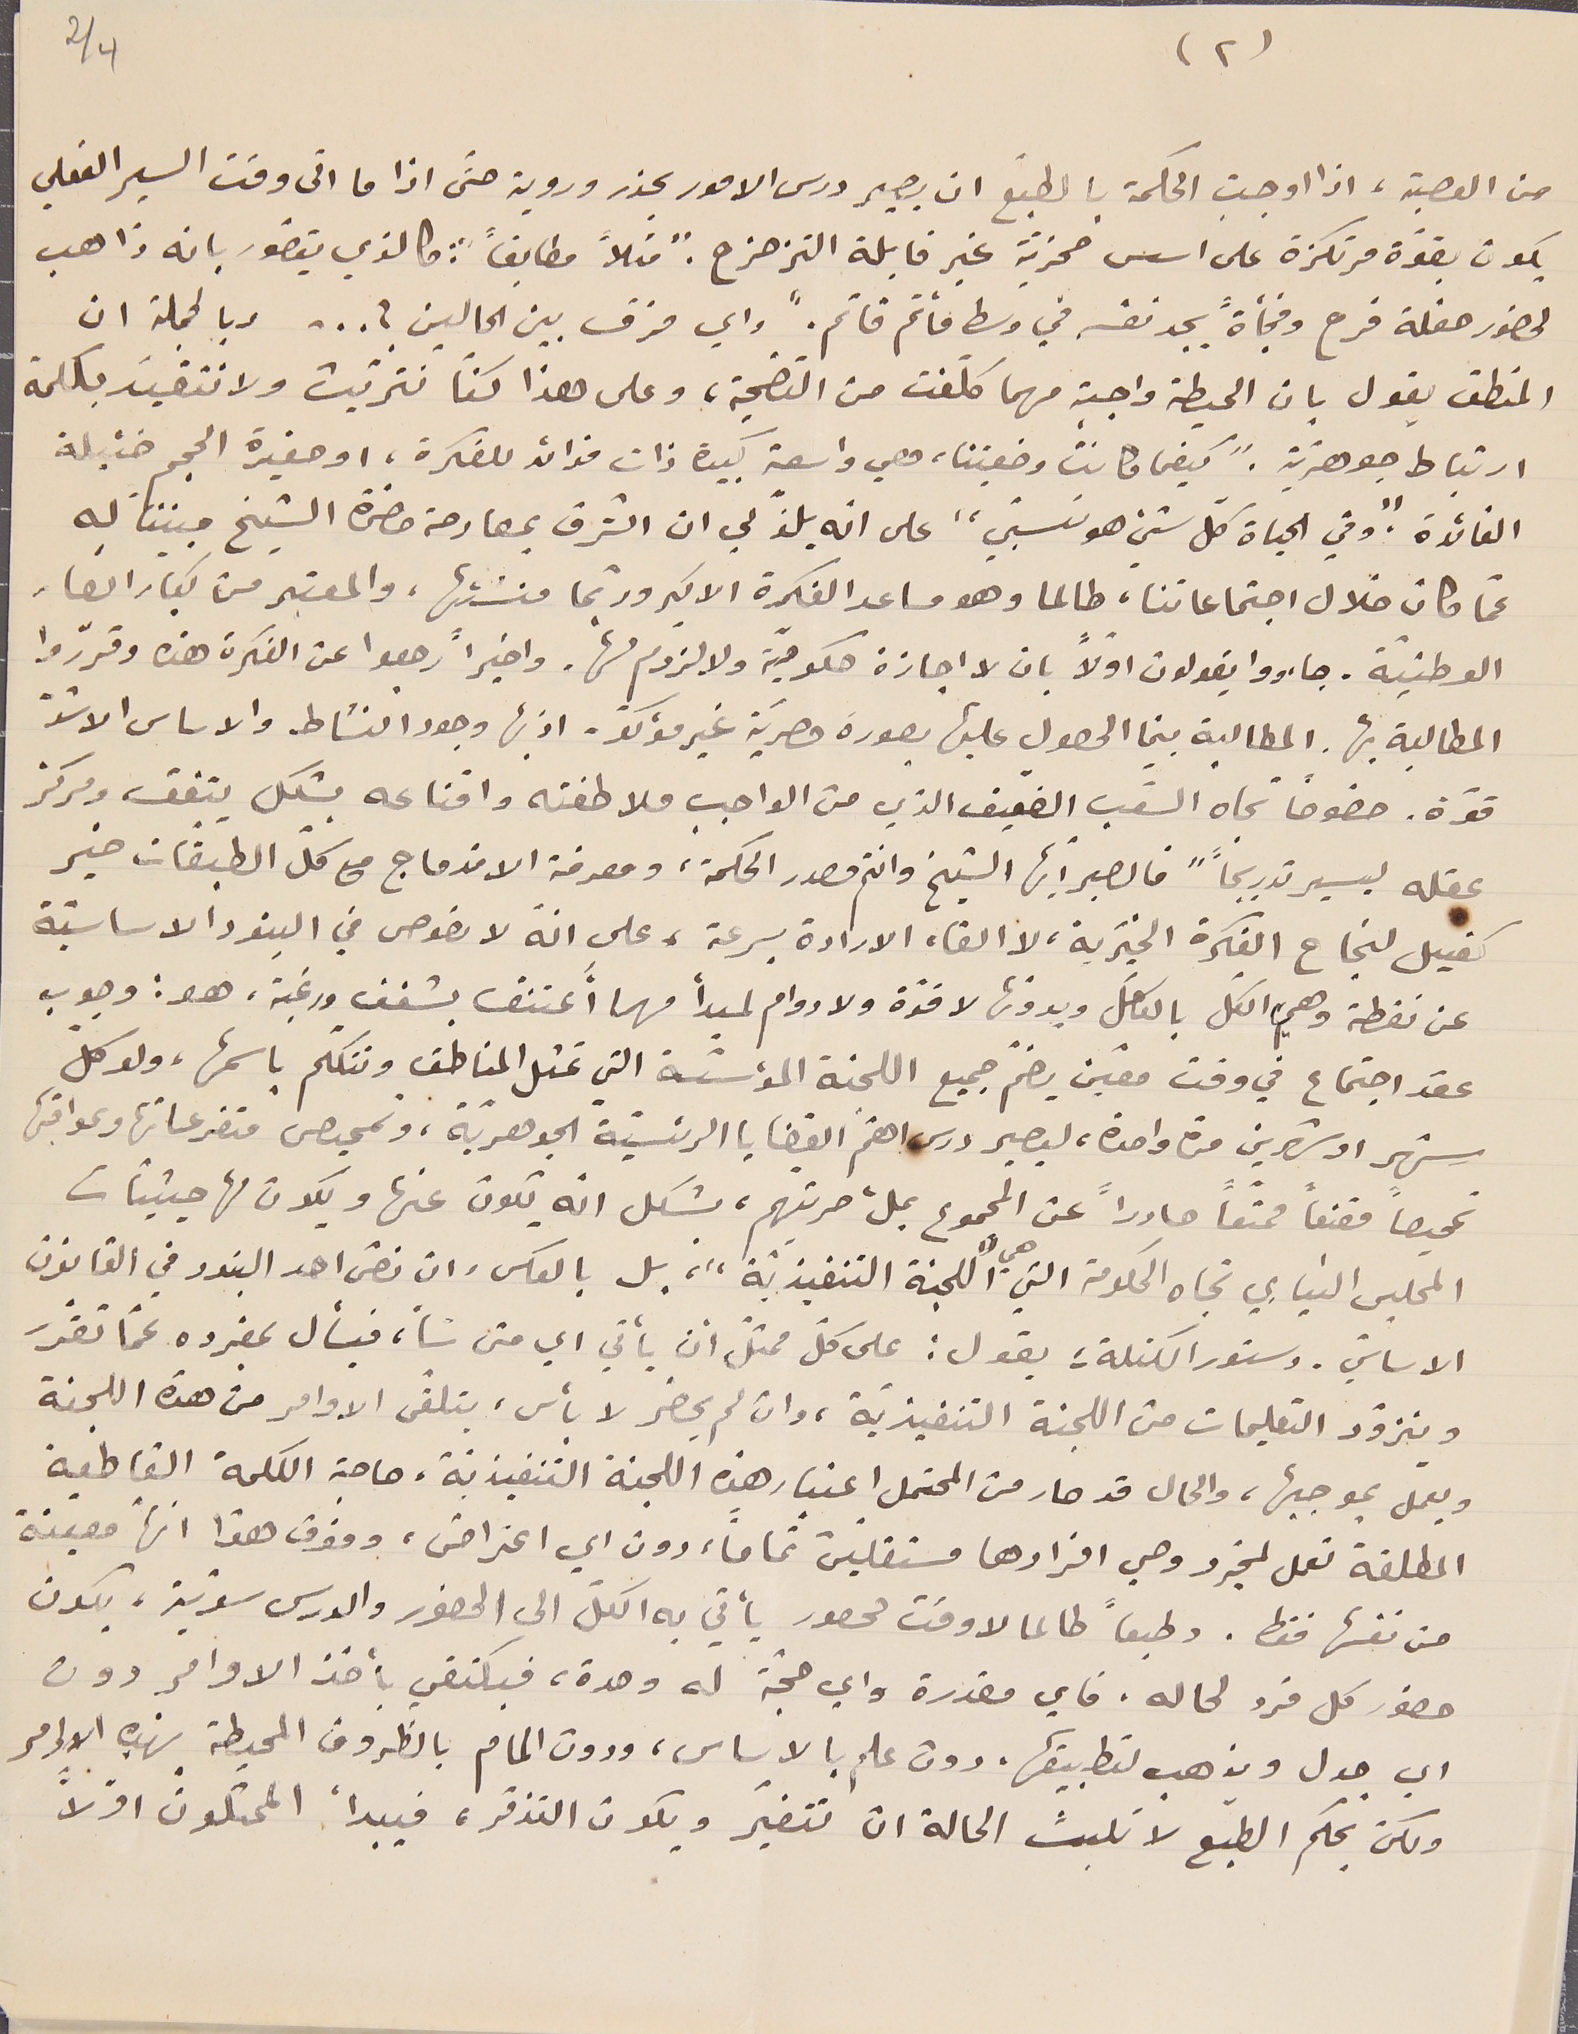
(٢)
من العصبة، اذا اوجبت الحكمة بالطّبع ان يصير درس الامور بحذر وروية حتّى اذا ما اتى وقت السير الفعلي
يكون بقوّة مرتكزة على اسس صخريّة غير قابلة التزحزح. "مثلاً مطابقاً": كالذي يتصوّر بانه ذاهب
لحضور حفلة فرح وفجأةً يجد نفسه في وسط مأتم قاتم. "واي فرق بين الحالين ؟ ... وبالجملة ان
المنطق يقول بان الحيطة واجبة مهما كلفت من التضحية، وعلى هذا كنّا نتريّث ولا نتقيّد بكلمة
ارتباط جوهريّة. "كيفما كانت وضعيتنا، هي واسعة كبيرة ذات فوائد للفكرة، او صغيرة الحجم ضئيلة
الفائدة. "وفي الحياة كل شيء هو نسبيّ" على انه يلذّ لي ان اتشرف بمصارحة حضرة الشيخ مبيننا له
عمّا كان خلال اجتماعاتنا، طالما وهو مساعد الفكرة الاكبر وربّما منشئها، والمعتبر من كبار انصار
الوطنيّة. جاءووا يقولون اولاً بان لا اجازة حكوميّة ولا لزوم لها. واخيراً رجعوا عن الفكرة هذه وقررّوا
المطالبة بها. المطالبة بينما الحصول عليها بصورة حصريَة غير مؤكدّ. اذ بها وجود النشاط والاساس الاشدّ
قوّة. خصوصاً تجاه الشعب الضّعيف الذي من الواجب ملاطفته واقناعه بشكل يتفق ومركز
عقله ليسير تدريجياً "فالصبر أيها الشيخ وانتم مصدر الحكمة، ومعرفة الاندماج مع كلّ الطبقات خير
كفيل لنجاع الفكرة الخَيرية، لا الغاء الارادة بسرعة، على انّه لا نصوص في البنود الاساسيّة
عن نقطة وهي الكلّ بالكامل وبدونها لاقوّة ولا دوام لمبدأ مهما أَعتنق بشغف ورغبة، هو: وجوب
عقد اجتماع في وقت معيّن يضمّ جميع اللجنة المؤسّسة التي تمثل المناطق وتتكلم باسمها، ولو كلّ
شهر او شهرين مرة واحدة، ليصير درس اهّم القضايا الرئسيّة الجوهريّة، وتمحيص متفرعاتها وعواقبها
تمحيصاً مقنعاً ممتعاً صادراً عن المجموع بملء حريتهم، بشكل انه يكون عنها ويكون لها حيثيّات
المجلس النيابي تجاه الحكومة التي هي "اللجنة التنفيذيّة"، بل بالعكس وان نصّ احد البنود في القانون
الاساسيّ. دستور الكتلة؛ يقول: على كلّ ممثل أن يأتي اي متى شأ، فيسأل بمفرده عمّا تقرّر
ويتزوّد التعليمات من اللجنة التنفيذيّة، وان لم يحضر لا بأس، يتلقى الاوامر من هذه اللجنة
ويعمل بموجبها، والحال قد صار من المحتمل اعتبار هذه اللجنة التنفيذية، حاجة الكلمة القاطعة
المطلقة تعمل لمجرّد وحي افرادها مستقلّين تماماً، دون اي اعتراض، وفوق هذا انها معيّنة
من نفسها فقط. وطبعاً طالما لاوقت محصور يأتي به الكلّ الى الحضور والدرس سويّة، يكون
حضور كل فرد لحاله. فاي مقدرة واي حجّة له وحدة، فيكتفي بأخذ الاوامر دون
اي جدل ويذهب لتطبيقها، دون علم بالاساس، ودون المام بالظروف المحيطة بهذه الاوامر
ولكن بحكم الطّبع لا تلبث الحالة ان تتغيّر ويكون التذمّر، فيبدأ الممثلونْ اوّلاً
4/2